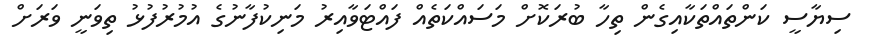
ސިޔާސީ ކަންތައްތަކާއިގެން ތިހާ ބުރަކޮށް މަސައްކަތެއް ފައްޓަވާއިރު މަނިކުފާނުގެ އުމުރުފުޅު ތިވަނީ ވަރަށް